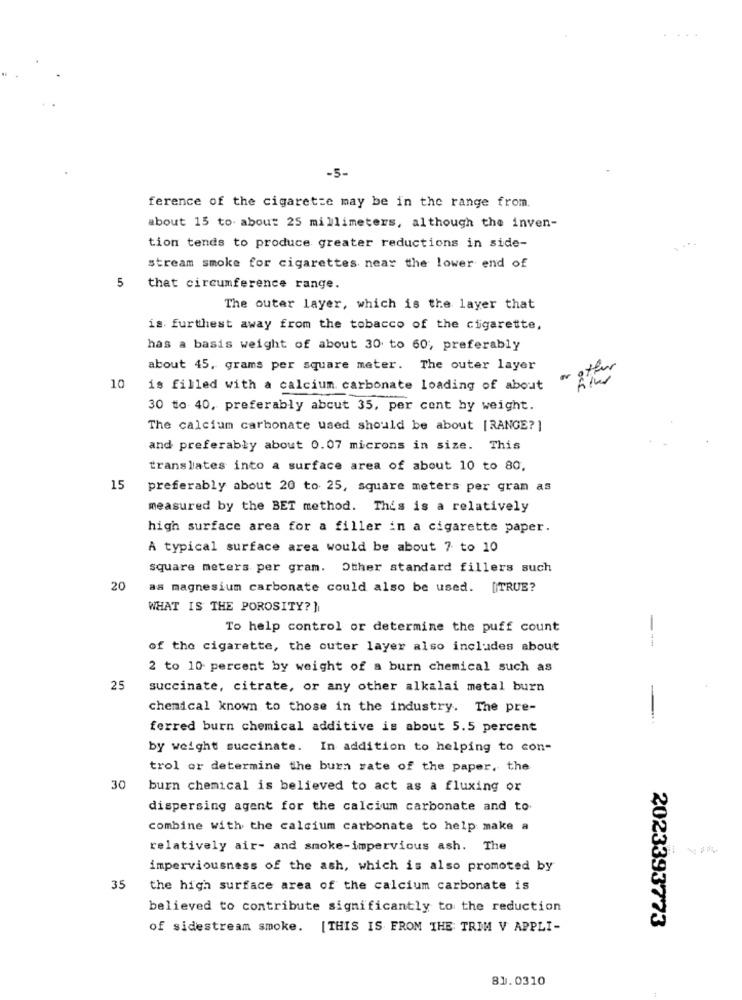
-5-
ference of the cigarette may be in the range from.
about 15 to about 25 millimeters, although the inven-
tion tends to produce greater reductions in side-
stream smoke for cigarettes near the lower end of
5
that circumference range.
The outer layer, which is the layer that
is. furthest away from the tobacco of the cigarette,
has a basis weight of about 30 to 60; preferably
about 45, grams per square meter. The outer layer
offer
10
is filled with a calcium carbonate loading of about
30 to 40, preferably abcut 35, per cent by weight.
The calcium carbonate used should be about [RANGE? ]
and preferably about 0.07 microns in size. This
translates into a surface area of about 10 to 80.
15
preferably about 20 to 25, square meters per gran as
measured by the BET method. This is a relatively
high surface area for a filler in a cigarette paper.
A typical surface area would be about 7 to 10
square meters per gram. Other standard fillers such
20
as magnesium carbonate could also be used. [TRUE?
WHAT IS THE POROSITY?]
To help control or determine the puff count
of the cigarette, the outer layer also includes about
2 to 10 percent by weight of a burn chemical such as
25
succinate, citrate, or any other alkalai metal burn
chemical known to those in the industry. The pre-
ferred burn chemical additive is about 5.5 percent
by weight succinate. In addition to helping to con-
trol or determine the burn rate of the paper. the
30
burn chemical is believed to act as a fluxing or
dispersing agent for the calcium carbonate and to.
combine with the calcium carbonate to help make a
relatively air- and smoke-impervious ash. The
imperviousness of the ash, which is also promoted by
35
the high surface area of the calcium carbonate is
believed to contribute significantly to the reduction
2023393773
of sidestream smoke. [THIS IS FROM THE TRIM V APPLI-
81.0310